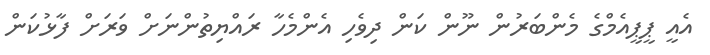
އެއީ ޕީޕީއެމްގެ މެންބަރުން ނޫން ކަން ދިވެހި އެންމެހާ ރައްޔިތުންނަށް ވަރަށް ފާޅުކަން